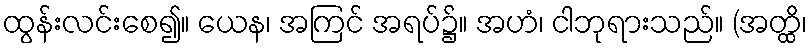
ထွန်းလင်းစေ၍။ ယေန၊ အကြင် အရပ်၌။ အဟံ၊ ငါဘုရားသည်။ (အတ္ထိ၊